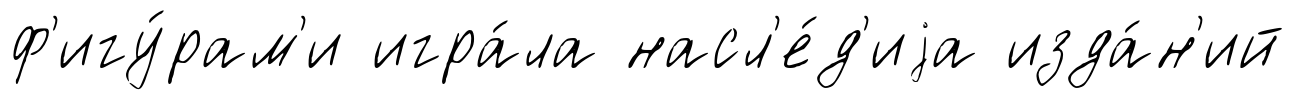
ф'игу́рам'и игра́ла насл'е́д'иjа изда́н'ий